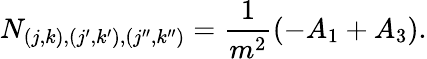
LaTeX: N_{(j,k),(j^{\prime},k^{\prime}),(j^{\prime\prime},k^{\prime\prime})}=\frac{1}{m^{2}}(-A_{1}+A_{3}).